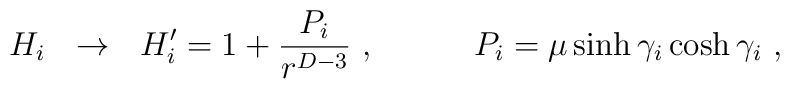
H_i \ \ \to \ \ H'_i = 1 + {P_i\over r^{D-3}  }  \  , \ \ \ \ \ \ \ \ \  P_i =\mu\sinh\gamma_i\cosh\gamma_i\ ,